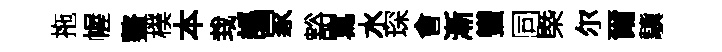
拖幄鳌樸本㘽譌家豁寫水琛㑹漸蠻同㮣尔爾驥